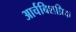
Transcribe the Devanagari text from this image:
आर्चबिशप्रिक